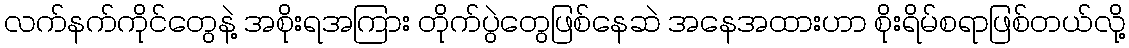
လက်နက်ကိုင်တွေနဲ့ အစိုးရအကြား တိုက်ပွဲတွေဖြစ်နေဆဲ အနေအထားဟာ စိုးရိမ်စရာဖြစ်တယ်လို့